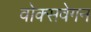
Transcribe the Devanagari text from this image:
वोक्सवेगन